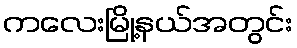
ကလေးမြို့နယ်အတွင်း